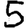
Digit: 5